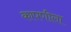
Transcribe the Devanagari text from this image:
कापणीला